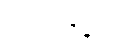
ပင်လုံစာချုပ်